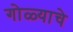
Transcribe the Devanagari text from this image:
गोळ्याचे